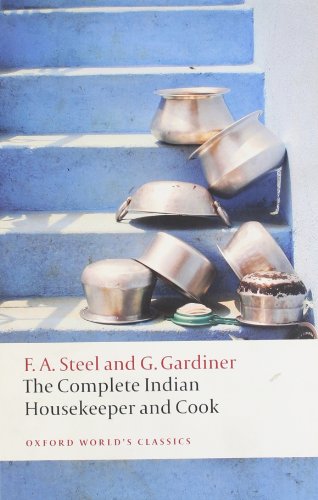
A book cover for The Complete Indian Housekeeper and Cook (Oxford World's Classics); Flora Annie Steel; Cookbooks, Food & Wine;